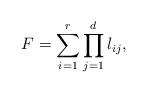
LaTeX: \begin{align*} F = \sum_{i = 1}^r \prod_{j = 1}^d l_{ij},\end{align*}